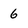
Character: 6